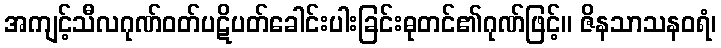
အကျင့်သီလဂုဏ်ဝတ်ပဋိပတ်ခေါင်းပါးခြင်းဓုတင်၏ဂုဏ်ဖြင့်။ ဇိနသာသနဝရံ၊